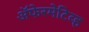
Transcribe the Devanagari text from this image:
ॲफेरमेटिव्ह